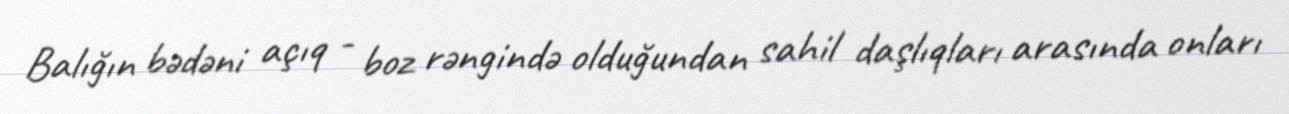
Balığın bədəni açıq - boz rəngində olduğundan sahil daşlıqları arasında onları